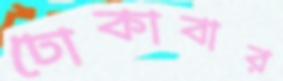
ঢোকাবার